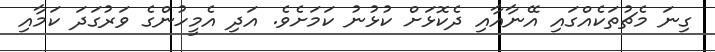
ގިނަ މެޗުތަކެއްގައި އޭނާއާއި ދެކޮޅަށް ކުޅުނު ކަމަށެވެ. އަދި އެމީހުންގެ ވަރުގަދަ ކަމާއި